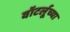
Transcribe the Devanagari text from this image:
वॉटर्लूच्या